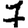
Digit: 7